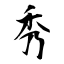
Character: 秀